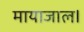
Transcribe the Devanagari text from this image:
मायाजाल।